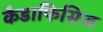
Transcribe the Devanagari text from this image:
कैडाफिसिज